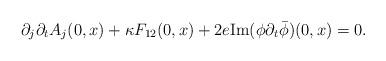
LaTeX: \begin{align*}\partial_{j}\partial_{t}A_{j}(0, x)+\kappa F_{12}(0, x)+2e\mathrm{Im}(\phi\partial_t\bar{\phi})(0, x)=0.\end{align*}